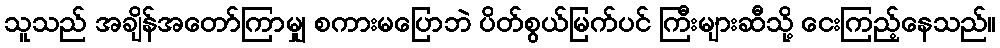
သူသည် အချိန်အတော်ကြာမျှ စကားမပြောဘဲ ပိတ်စွယ်မြက်ပင် ကြီးများဆီသို့ ငေးကြည့်နေသည်။